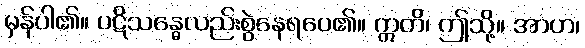
မှန်ပါ၏။ ပဋိသန္ဓေလည်းစွဲနေရပေ၏။ ဣတိ၊ ဤသို့။ အာဟ၊